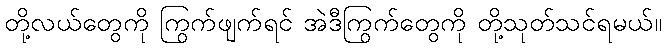
တို့လယ်တွေကို ကြွက်ဖျက်ရင် အဲဒီကြွက်တွေကို တို့သုတ်သင်ရမယ်။